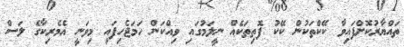
ތައްޔާރުކޮށްފައިވާ ކޭކްތަކުން ކޭކު ފޮތިތަކެއް ނީލަމުގައި ވިއްކަން ހަމަޖެހިފައި މިވަނީ އެމެރިކާގެ ލަސް